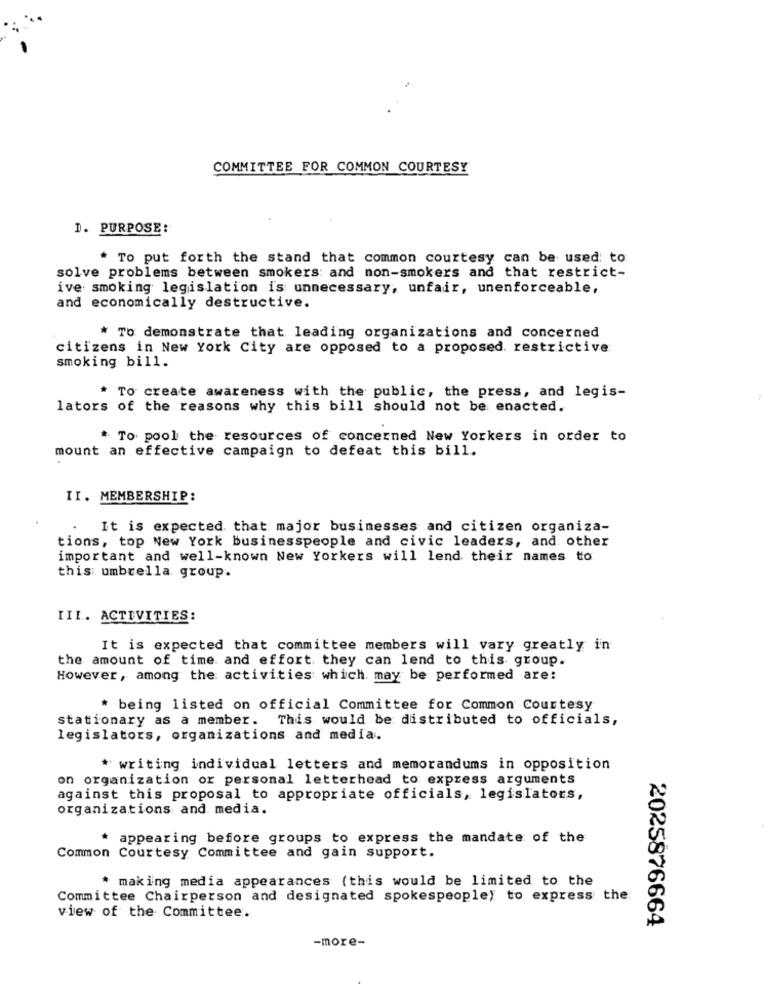
COMMITTEE FOR COMMON COURTESY
1. PURPOSE:
* To put forth the stand that common courtesy can be used: to
solve problems between smokers: and non-smokers and that restrict-
ive smoking legislation is unnecessary, unfair, unenforceable,
and economically destructive.
* To demonstrate that leading organizations and concerned
citizens in New York City are opposed to a proposed. restrictive:
smoking bill.
* To create awareness with the public, the press, and legis-
lators of the reasons why this bill should not be enacted.
* To pool the resources of concerned New Yorkers in order to
mount an effective campaign to defeat this bill.
II. MEMBERSHIP:
It is expected that major businesses and citizen organiza-
tions, top New York businesspeople and civic leaders, and other
important and well-known New Yorkers will lend their names to
this umbrella group.
III. ACTIVITIES:
It is expected that committee members will vary greatly in
the amount of time and effort they can lend to this group.
However, among the activities which may be performed are:
* being listed on official Committee for Common Courtesy
stationary as a member. This would be distributed to officials,
legislators, organizations and media.
* writing individual letters and memorandums in opposition
on organization or personal letterhead to express arguments
against this proposal to appropriate officials, legislators,
organizations and media.
* appearing before groups to express the mandate of the
Common Courtesy Committee and gain support.
* making media appearances (this would be limited to the
Committee Chairperson and designated spokespeople) to express the
view of the Committee.
2025876664
-more-